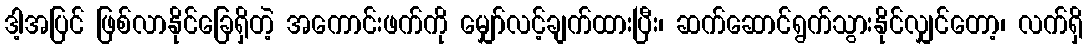
ဒါ့အပြင် ဖြစ်လာနိုင်ခြေရှိတဲ့ အကောင်းဖက်ကို မျှော်လင့်ချက်ထားပြီး၊ ဆက်ဆောင်ရွက်သွားနိုင်လျှင်တော့၊ လက်ရှိ